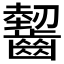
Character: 𲎤